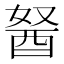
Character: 𰼆